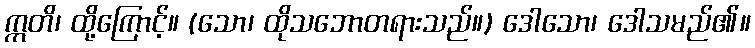
ဣတိ၊ ထို့ကြောင့်။ (သော၊ ထိုသဘောတရားသည်။) ဒေါသော၊ ဒေါသမည်၏။